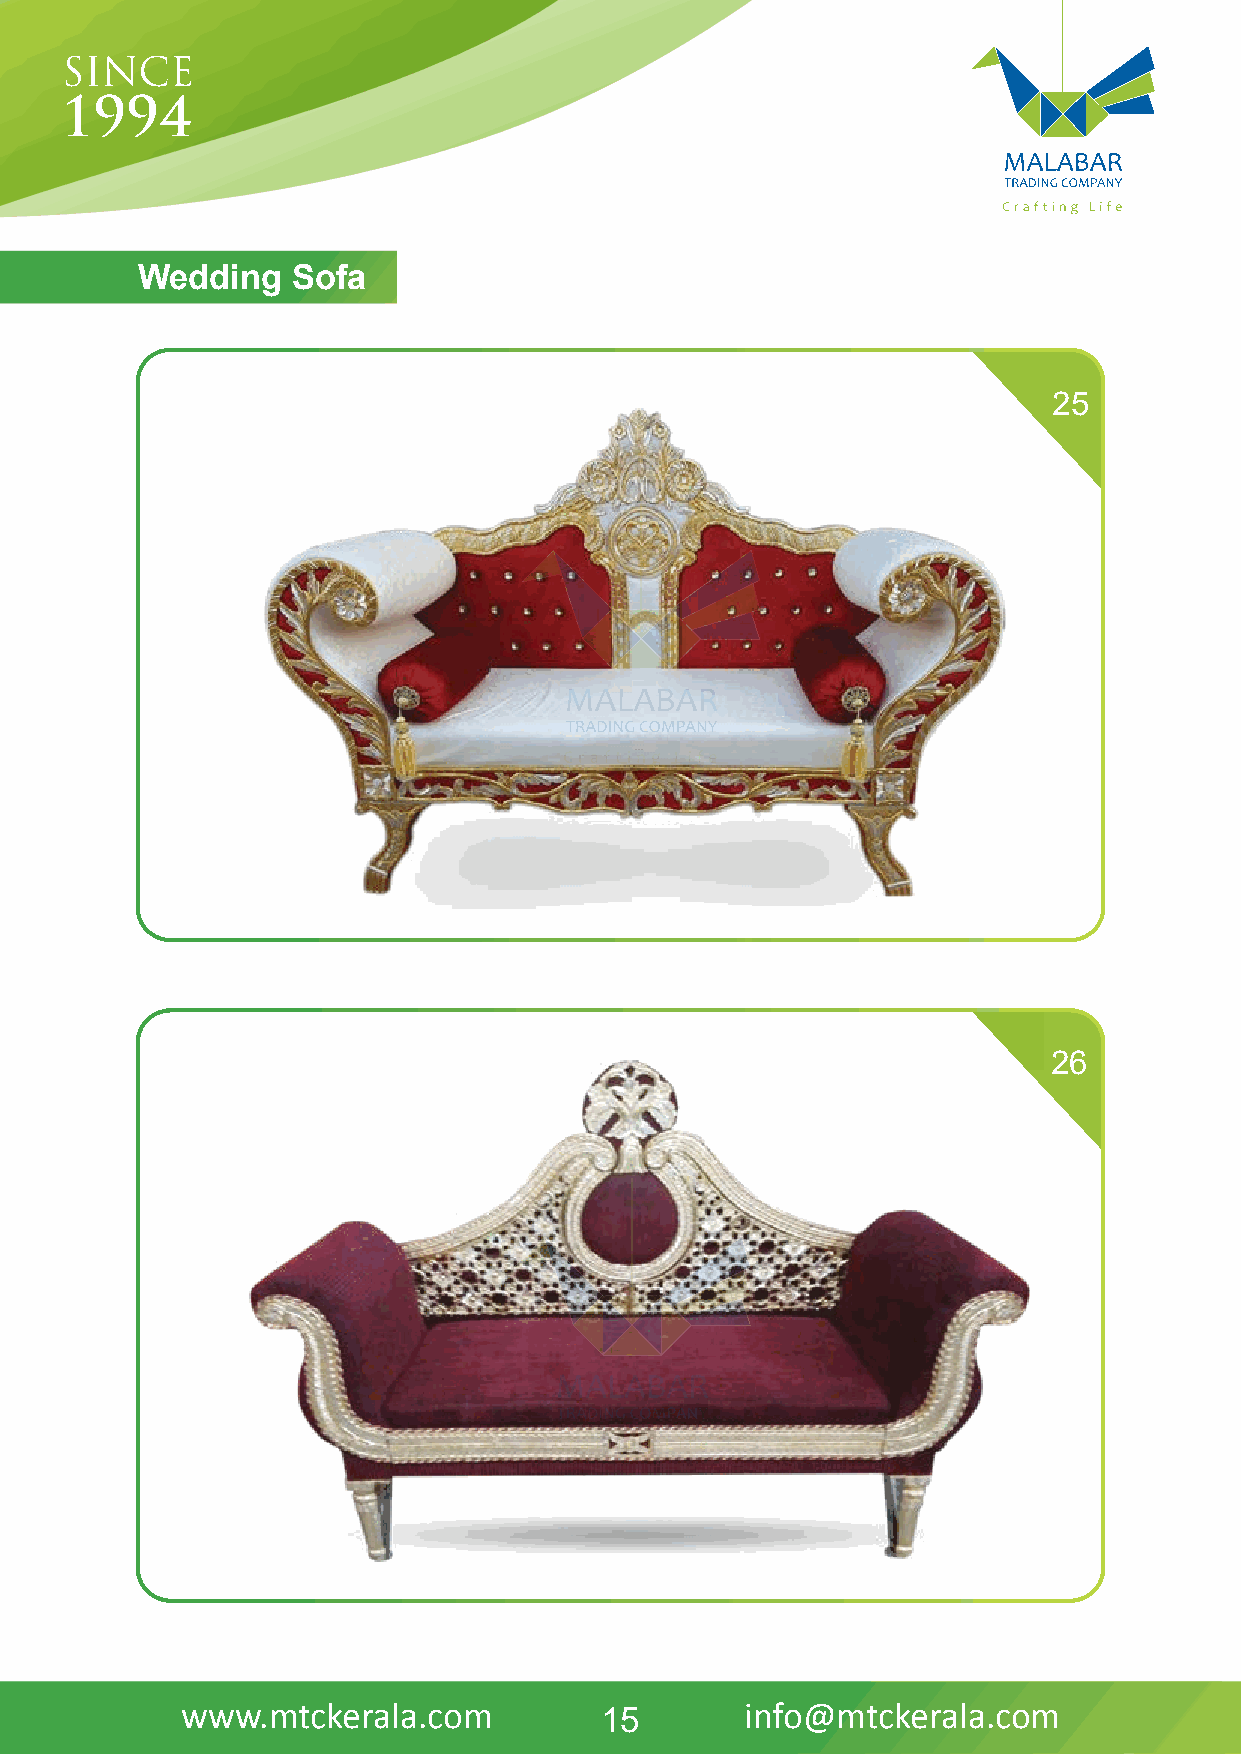
WeddinDgH SIVoAfNa
 25
 26
 www.mtckerala.com           15       info@mtckerala.com